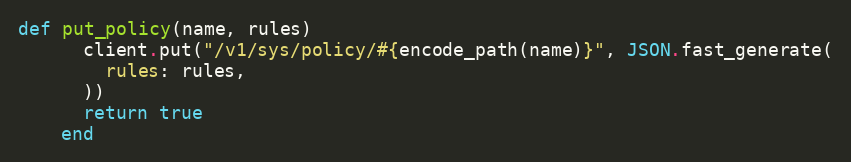
Language: Ruby
def put_policy(name, rules)
      client.put("/v1/sys/policy/#{encode_path(name)}", JSON.fast_generate(
        rules: rules,
      ))
      return true
    end